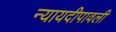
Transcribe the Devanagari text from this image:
न्यायदीपावली